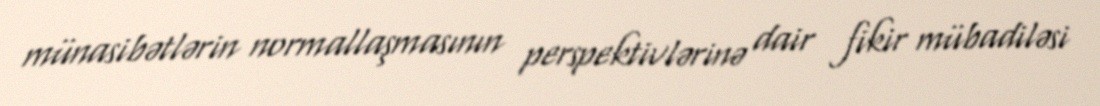
münasibətlərin normallaşmasının perspektivlərinə dair fikir mübadiləsi